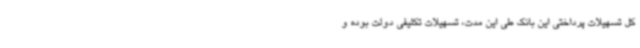
کل تسهیلات پرداختی این بانک طی این مدت، تسهیلات تکلیفی دولت بوده و